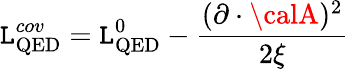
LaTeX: {\cal\mathtt{L}}_{\mathrm{{QED}}}^{cov}={\cal\mathtt{L}}_{\mathrm{{QED}}}^{0}-{\frac{{(\partial\cdot{\calA})^{2}}}{{2\xi}}}